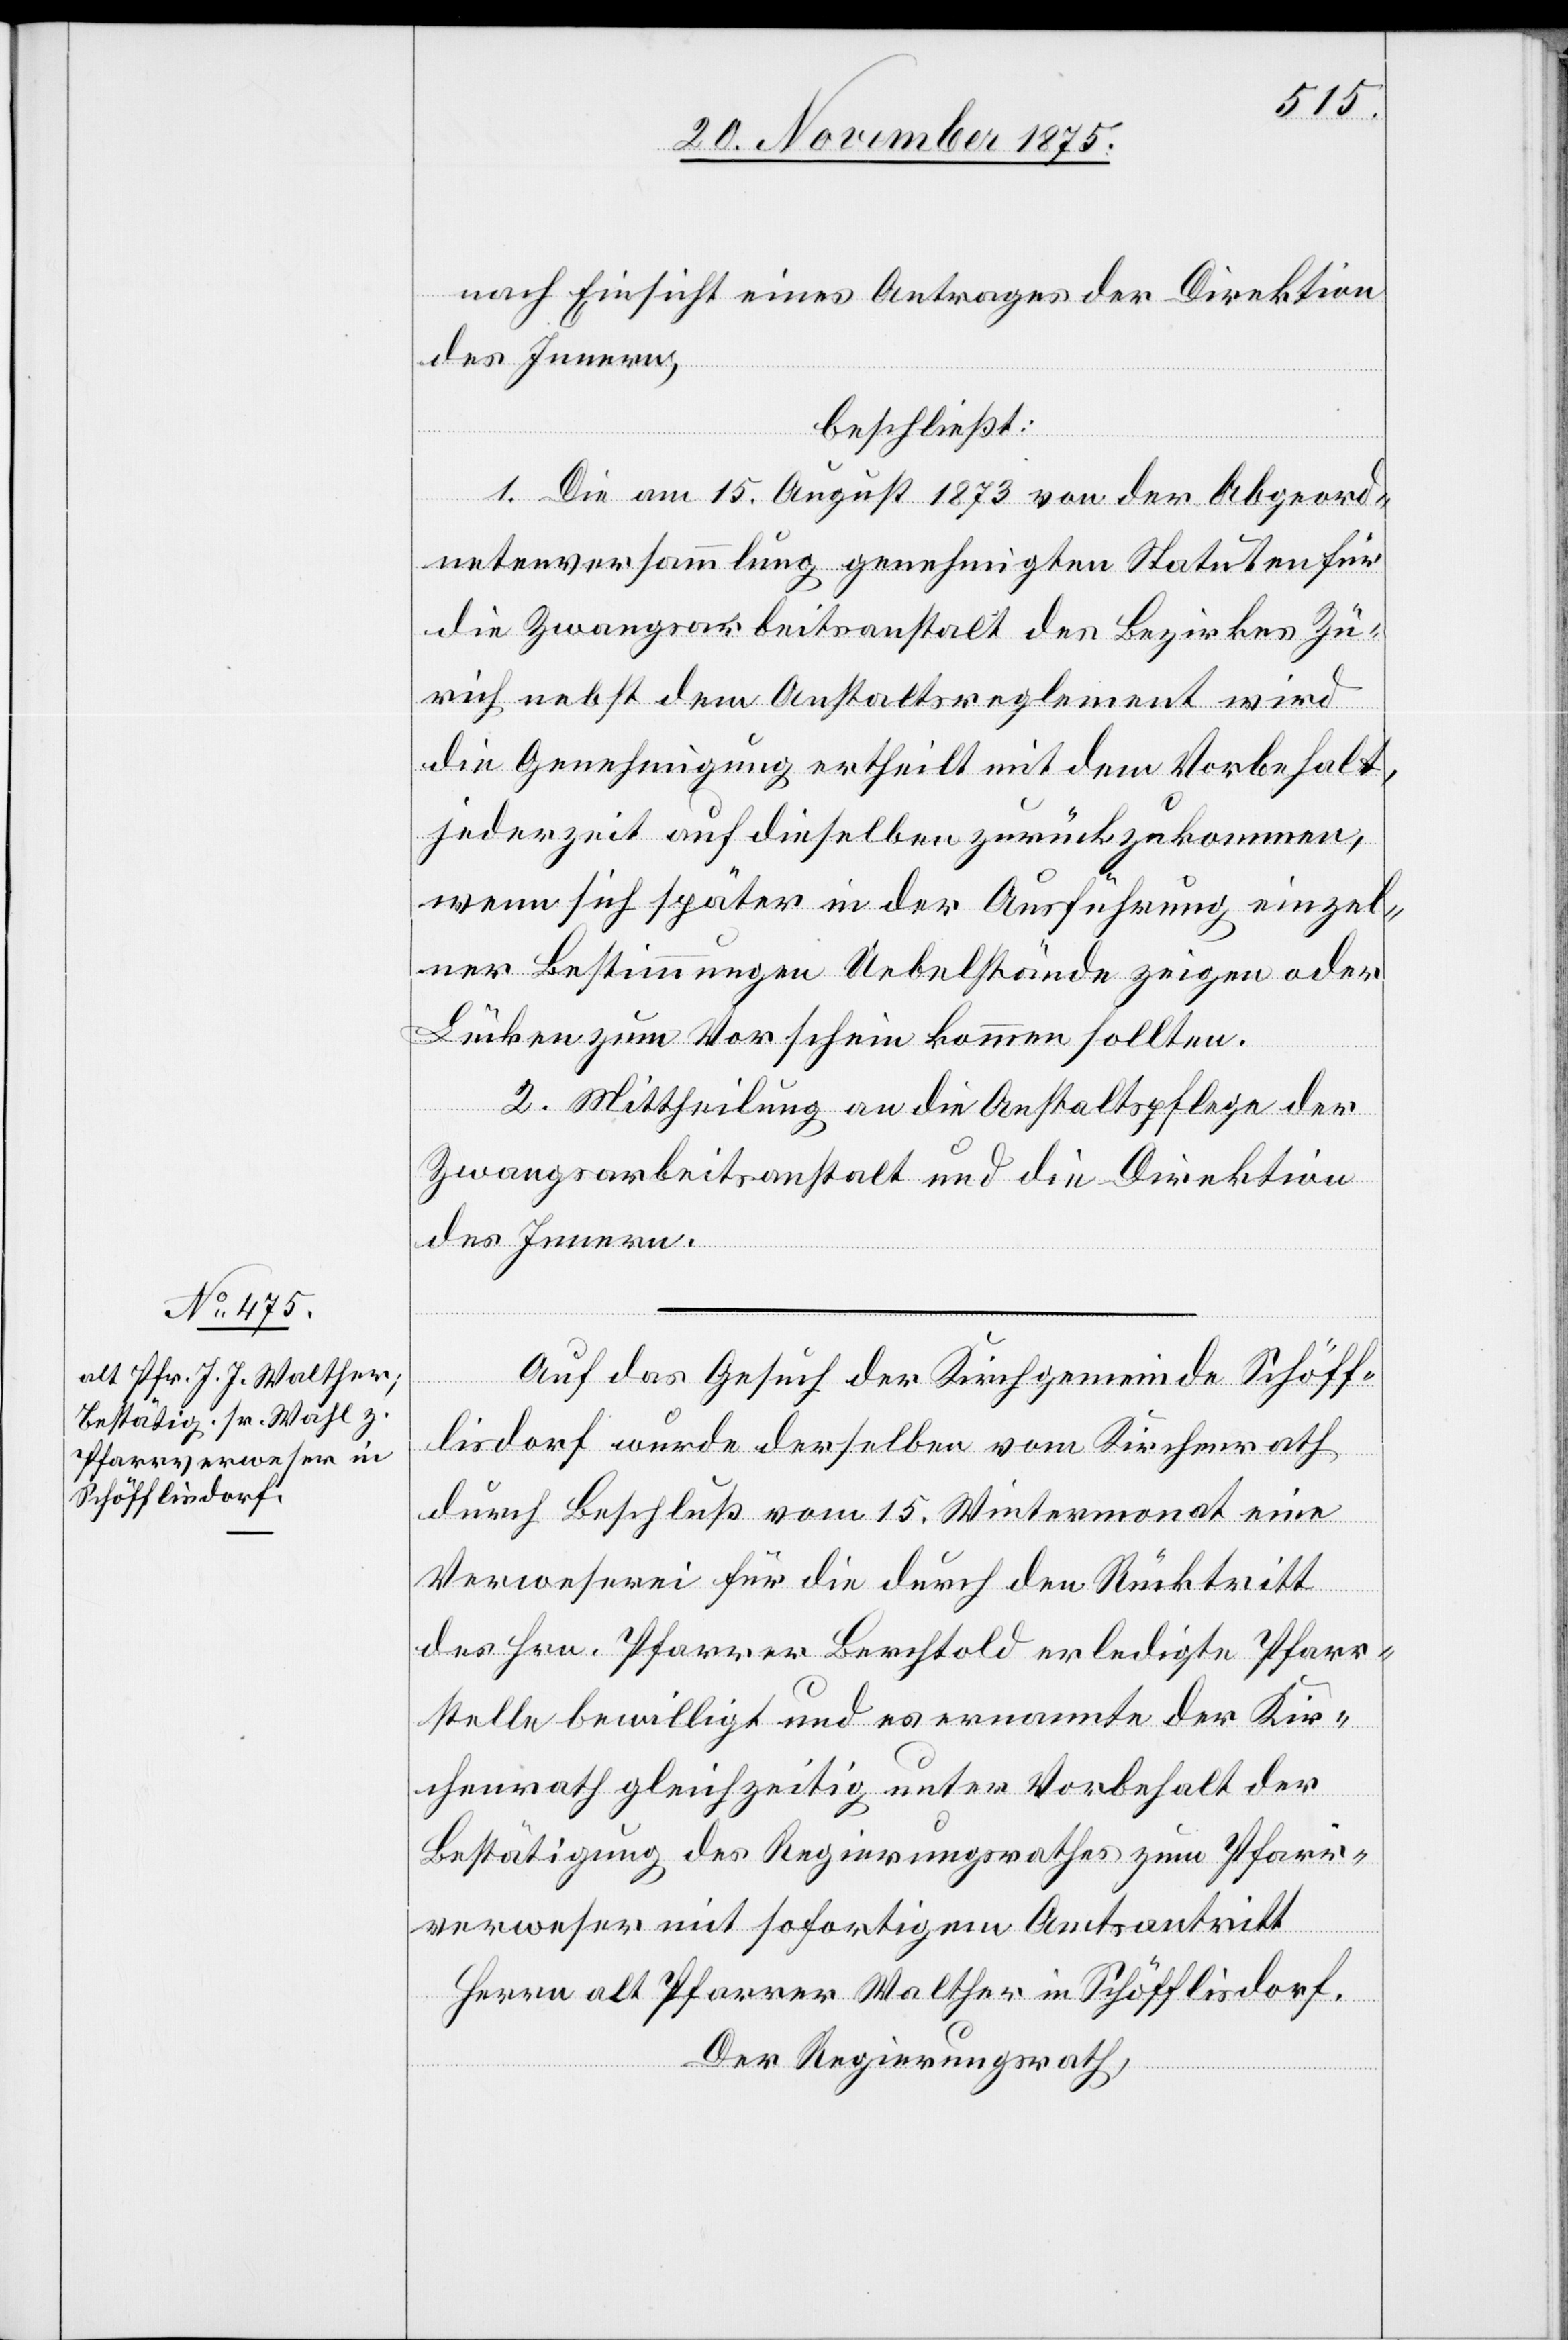
nach Einsicht eines Antrages der Direktion
des Innern,
beschließt:
1. Die am 15. August 1873 von der Abgeord¬
netenversammlung genehmigten Statuten für
die Zwangsarbeitsanstalt des Bezirkes Zü¬
rich nebst dem Anstaltsreglement wird
die Genehmigung ertheilt mit dem Vorbehalt,
jederzeit auf dieselben zurückzukommen,
wenn sich später in der Ausführung einzel¬
ner Bestimmungen Uebelstände zeigen oder
Lücken zum Vorschein kommen sollten.
2. Mittheilung an die Anstaltspflege der
Zwangsarbeitsanstalt und die Direktion
des Innern.
Auf das Gesuch der Kirchgemeinde Schöff¬
lisdorf wurde derselben vom Kirchenrath
durch Beschluß vom 15. Wintermonat eine
Verweserei für die durch den Rücktritt
des Hrn. Pfarrer Berchtold erledigte Pfarr¬
stelle bewilligt und es ernannte der Kir¬
chenrath gleichzeitig unter Vorbehalt der
Bestätigung des Regierungsrathes zum Pfarr¬
verweser mit sofortigem Amtsantritt
Herrn alt Pfarrer Walther in Schöfflisdorf.
Der Regierungsrath,